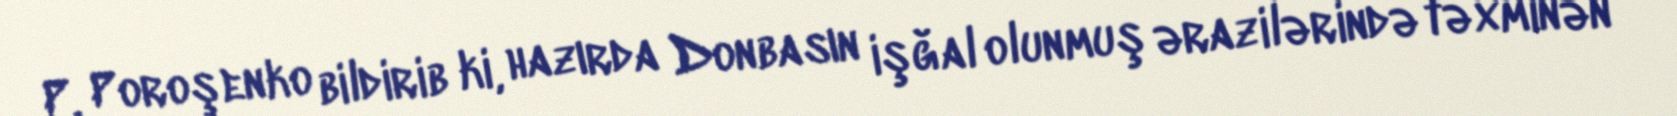
P. Poroşenko bildirib ki, hazırda Donbasın işğal olunmuş ərazilərində təxminən